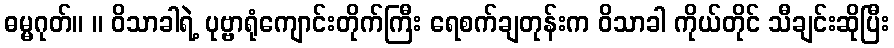
ဓမ္မဂုတ်။ ။ ဝိသာခါရဲ့ ပုဗ္ဗာရုံကျောင်းတိုက်ကြီး ရေစက်ချတုန်းက ဝိသာခါ ကိုယ်တိုင် သီချင်းဆိုပြီး